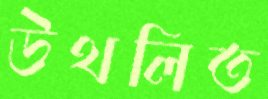
উথলিত